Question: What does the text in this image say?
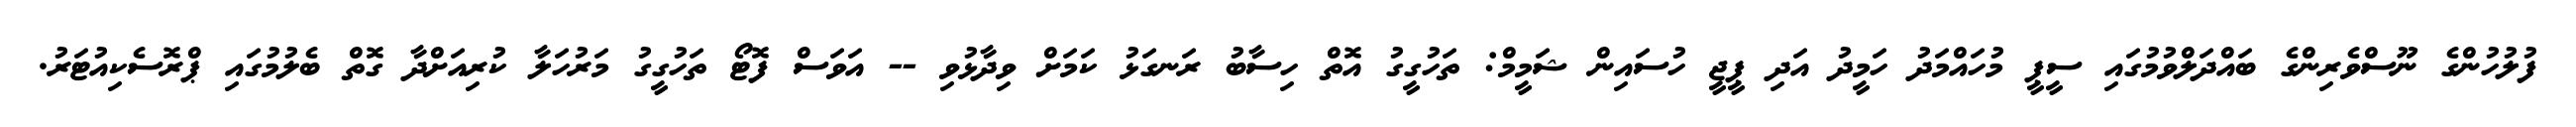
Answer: ފުލުހުންގެ ނޫސްވެރިންގެ ބައްދަލްވުމުގައި ސީޕީ މުހައްމަދު ހަމީދު އަދި ޕީޖީ ހުސައިން ޝަމީމް: ތަހުގީގު އޮތް ހިސާބު ރަނގަޅު ކަމަށް ވިދާޅުވި -- އަވަސް ފޮޓޯ ތަހުގީގު މަރުހަލާ ކުރިއަށްދާ ގޮތް ބެލުމުގައި ޕްރޮސެކިއުޓަރު.